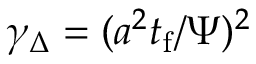
\gamma _ { \Delta } = ( a ^ { 2 } t _ { \mathrm { f } } / \Psi ) ^ { 2 }